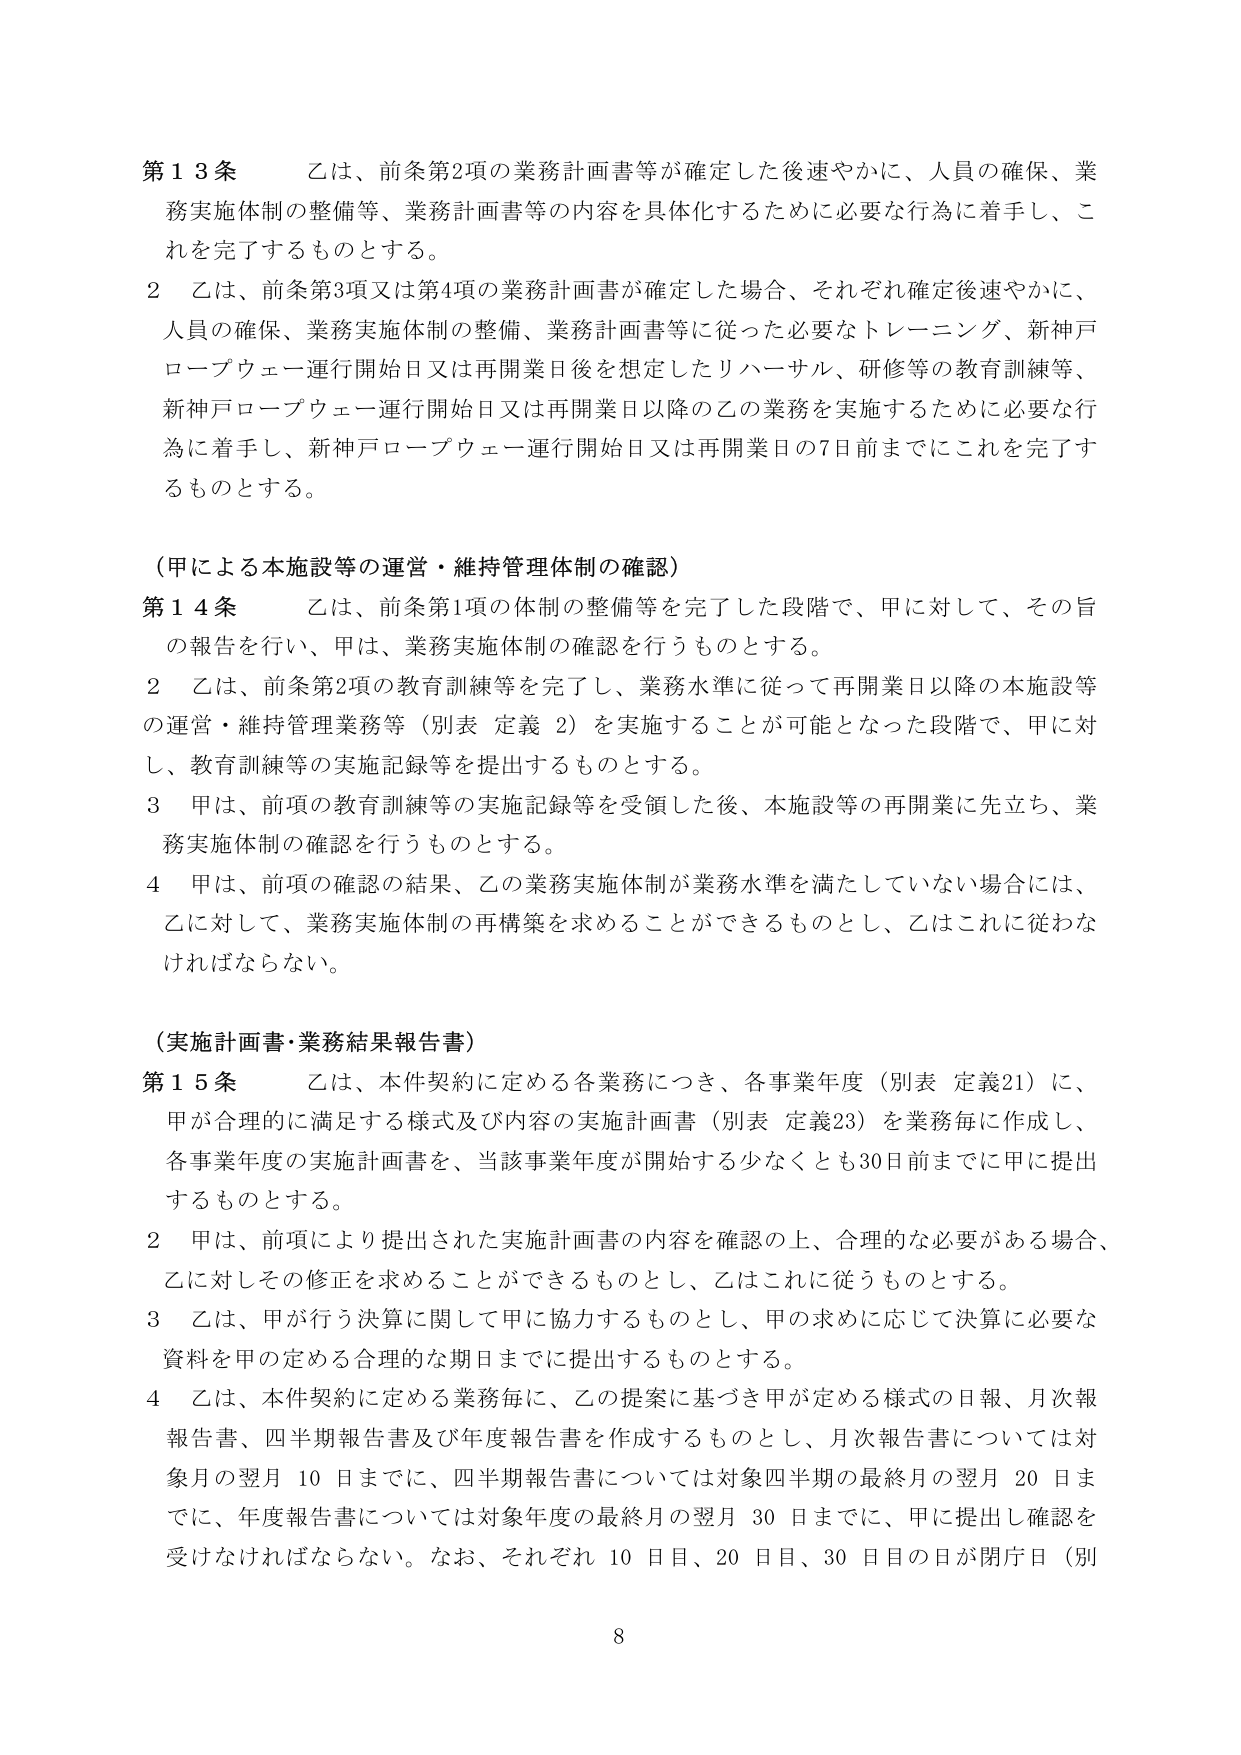
第１３条　乙は、前条第2項の業務計画書等が確定した後速やかに、人員の確保、業務実施体制の整備等、業務計画書等の内容を具体化するために必要な行為に着手し、これを完了するものとする。

２　乙は、前条第3項又は第4項の業務計画書が確定した場合、それぞれ確定後速やかに、人員の確保、業務実施体制の整備、業務計画書等に従った必要なトレーニング、新神戸ロープウェー運行開始日又は再開業日後を想定したリハーサル、研修等の教育訓練等、新神戸ロープウェー運行開始日又は再開業日以降の乙の業務を実施するために必要な行為に着手し、新神戸ロープウェー運行開始日又は再開業日の7日前までにこれを完了するものとする。

（甲による本施設等の運営・維持管理体制の確認）

第１４条　乙は、前条第1項の体制の整備等を完了した段階で、甲に対して、その旨の報告を行い、甲は、業務実施体制の確認を行うものとする。

２　乙は、前条第2項の教育訓練等を完了し、業務水準に従って再開業日以降の本施設等の運営・維持管理業務等（別表 定義 2）を実施することが可能となった段階で、甲に対し、教育訓練等の実施記録等を提出するものとする。

３　甲は、前項の教育訓練等の実施記録等を受領した後、本施設等の再開業に先立ち、業務実施体制の確認を行うものとする。

４　甲は、前項の確認の結果、乙の業務実施体制が業務水準を満たしていない場合には、乙に対して、業務実施体制の再構築を求めることができるものとし、乙はこれに従わなければならない。

（実施計画書・業務結果報告書）

第１５条　乙は、本件契約に定める各業務につき、各事業年度（別表 定義21）に、甲が合理的に満足する様式及び内容の実施計画書（別表 定義23）を業務毎に作成し、各事業年度の実施計画書を、当該事業年度が開始する少なくとも30日前までに甲に提出するものとする。

２　甲は、前項により提出された実施計画書の内容を確認の上、合理的な必要がある場合、乙に対しその修正を求めることができるものとし、乙はこれに従うものとする。

３　乙は、甲が行う決算に関して甲に協力するものとし、甲の求めに応じて決算に必要な資料を甲の定める合理的な期日までに提出するものとする。

４　乙は、本件契約に定める業務毎に、乙の提案に基づき甲が定める様式の日報、月次報告書、四半期報告書及び年度報告書を作成するものとし、月次報告書については対象月の翌月10日までに、四半期報告書については対象四半期の最終月の翌月20日までに、年度報告書については対象年度の最終月の翌月30日までに、甲に提出し確認を受けなければならない。なお、それぞれ10日目、20日目、30日目の日が閉庁日（別

8